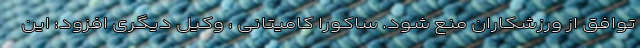
توافق از ورزشکاران منع شود. ساکورا کامیتانی ، وکیل دیگری افزود: این